Annual report on the working of the lock hospitals in the Central Provinces
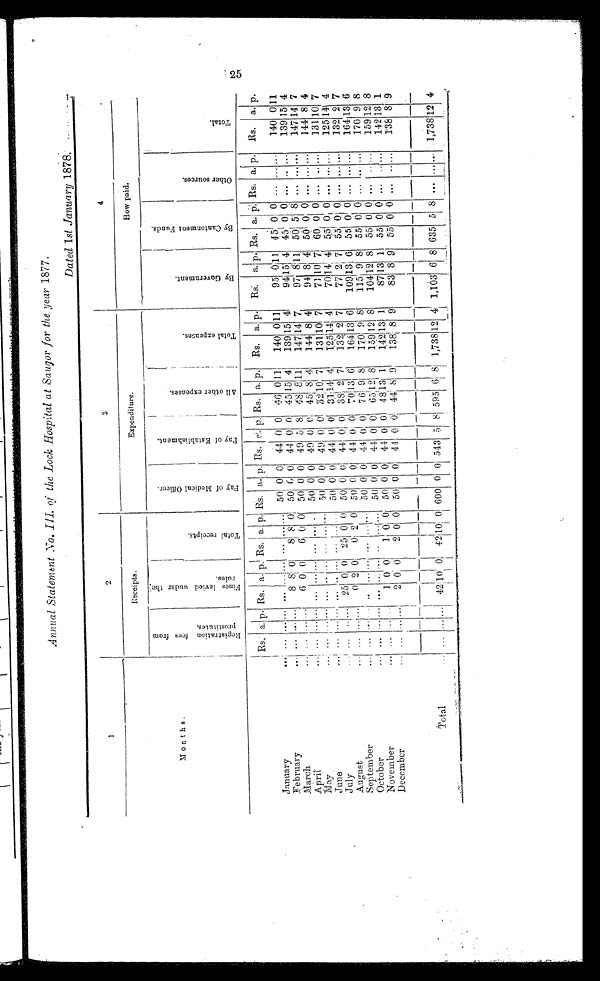
Annual Staternont
I1L of the Lock Hospital at Saugor for the year 1877.
Dated 1st January 1878.
.
1
2
4
Receipts.
„.
Expenditure.
How paid.
Months,
El
6)
0 -
4-4
g , , : :
'-' 0
cow
a?
..(,-.) G.
-
o
Ai
I
'0
0
0
'-'
. -
,..-
0
_
,,,, . __.1
._ ,
4_,
,.,
._
8 ca
L.
-- ci
-6
E-4
a
n
0
.7c
...`" E3
.
Z
'6.
..-.
..,J
r.„
g
XI
. r i2
..E
Z' n
d
'.8
C..
c.,
1
vi
6)
,6 ,4
a.
x
cd
t
xs -,
0
=
-a
51
ei 4
ft
I,4 a.,
-'8
E-1
4-S
0
g
e.
Ci)
t.
Cc3.
p.,
,,-, ,
. =
;=-4
g
g
0
cl
C.)
p-,
co
Er;
0
0
m
t
:9
o
7.';
E`E:
s; alpc Rs. a. p. I Rs. a. p. Rs. a. p. Rs, , _- , . ' . p. Rs. a. p. Es. a. p. R. a. p. Rs. a. p'. Rs, a, p. Rs. a. p.
January
... ... ...... .. ..... ... ... ......
0 0 44 0 0 zl. i6 0 11 1
140 0 11
95 011 45 0 0 ... ......
140 011
February
... ... .,.. . . .
8 8 01
8 8 0 50 6 0 44 0 0 45 15 4
139 15 4
94 15 . 1 4 45 0 0 ... .. ...
139 15 4
March'
...
.
6 0 0
6 0 0 50 0 0 49 5 8 118. 8'11 1
I
147 14 7
97 8'11 50 5 8 ... ......
147 14 7
April
... ...
... . . . . . . ...
. . .
.
,50
0 0 49 0 0
-
4b . 8i 4 i
14484 8 4
94 8 1 4 50 0 0 ...
144 8 4
lay ...
.,
...
. . . . . ... . . ... ...
. . . ... 50 0 0 49 0 0j 3210 1 7
131 10 7
7 1 1 0 7 60 0 1 0 ...
131 10 7
June
50 0 () 44 0 0 31;141 4
12514 ! 4
70i14 4 5:51 0 0 ... ......
12514' 4
July
... ...
25 0 0 251 0 0 50 0 01 44 01 O i
,i
38i 9 .... 7
132. 2 7
77 2 7 65 01,' 0 ... ......
132 2 7
August
... ...
0' 2 0
Ot 2 0 50 0 0 1
1 44 0 , 0 70 1 13
i — 1
6
164113 6
109 13 6
55 0 0 ... ......
164 13 6
September
... ...
.. ...... ... ..1...
50 0 0 1 44 0
1 0 76i 9 8
1701 9 Si
115 9 8 55 -I
0 0 ... ... ,..
170 9 8
October
... ...... ,.. ......I .. ...i... 50 0 0 44 0 0 6.5!12 8
15912 8
104,12 8
55 0 0 ... .....
159 12 8
November
,..
11 0 0! 1 0' 0 50 0 0 41 0 0 48131 1
14213 1
87 13 1 55 0 0 ...
.
142
. .
December
.
2 0 0
2 0 0 50 0 OS 44 0 0 44,- 8' 9
138 1 8 9
83 8 9 55 0 0 ... .....
138
18
8 9
total
,.,,..,.... .,.
,
... ......I
1
1
42 , 10
1
01
.
42 10
I
0; 600 0I 0
I
543 5
i
6 595 6 1 81
1
,738 12 4
.
1,103 6 8 635 5 8 ... ...... .1,738
.
12
..
4
t.s
c.rt